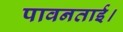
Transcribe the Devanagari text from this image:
पावनताई।